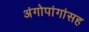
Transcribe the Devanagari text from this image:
अंगोपांगांसह